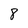
Character: 8